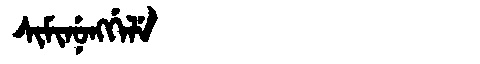
Manchu: ᠰᡳᠮᡳᠨᡠᠩᡤᡝᠯᡝ
Romanization: SIMINUNGGELE